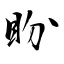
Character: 盼